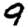
Digit: 9